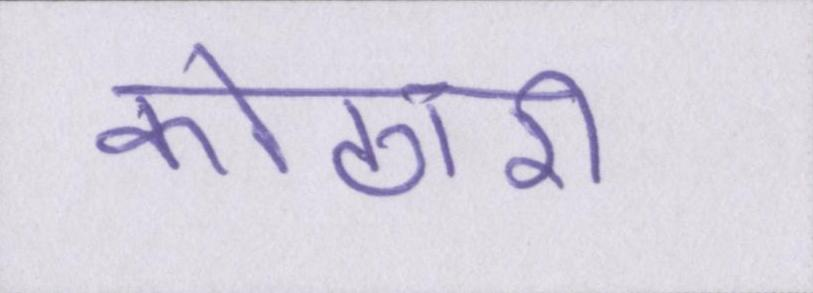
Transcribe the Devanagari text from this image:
कोठारी